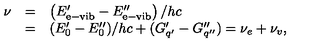
\begin{array} { r c l } { \nu } & { = } & { \left( E _ { \mathrm { e - v i b } } ^ { \prime } - E _ { \mathrm { e - v i b } } ^ { \prime \prime } \right) / h c } \\ { } & { = } & { ( E _ { 0 } ^ { \prime } - E _ { 0 } ^ { \prime \prime } ) / h c + ( G _ { q ^ { \prime } } ^ { \prime } - G _ { q ^ { \prime \prime } } ^ { \prime \prime } ) = \nu _ { e } + \nu _ { v } , } \\ \end{array}